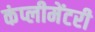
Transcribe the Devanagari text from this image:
कंप्लीमेंटरी